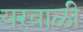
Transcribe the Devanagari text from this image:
यरवाळी